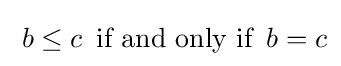
\;b\leq c\,{\text{ if and only if }}\,b=c